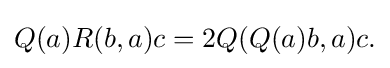
\displaystyle {Q(a)R(b,a)c=2Q(Q(a)b,a)c.}